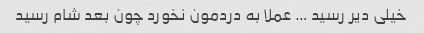
خیلی دیر رسید … عملا به دردمون نخورد چون بعد شام رسید